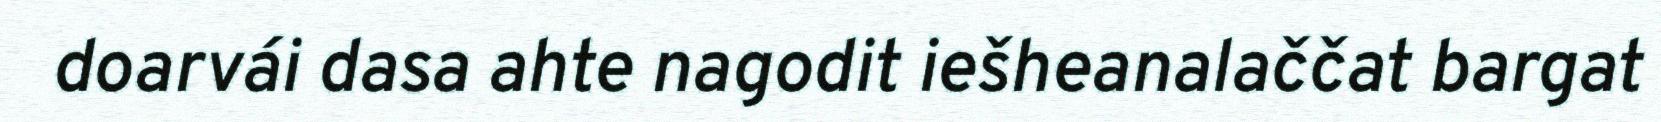
doarvái dasa ahte nagodit iešheanalaččat bargat